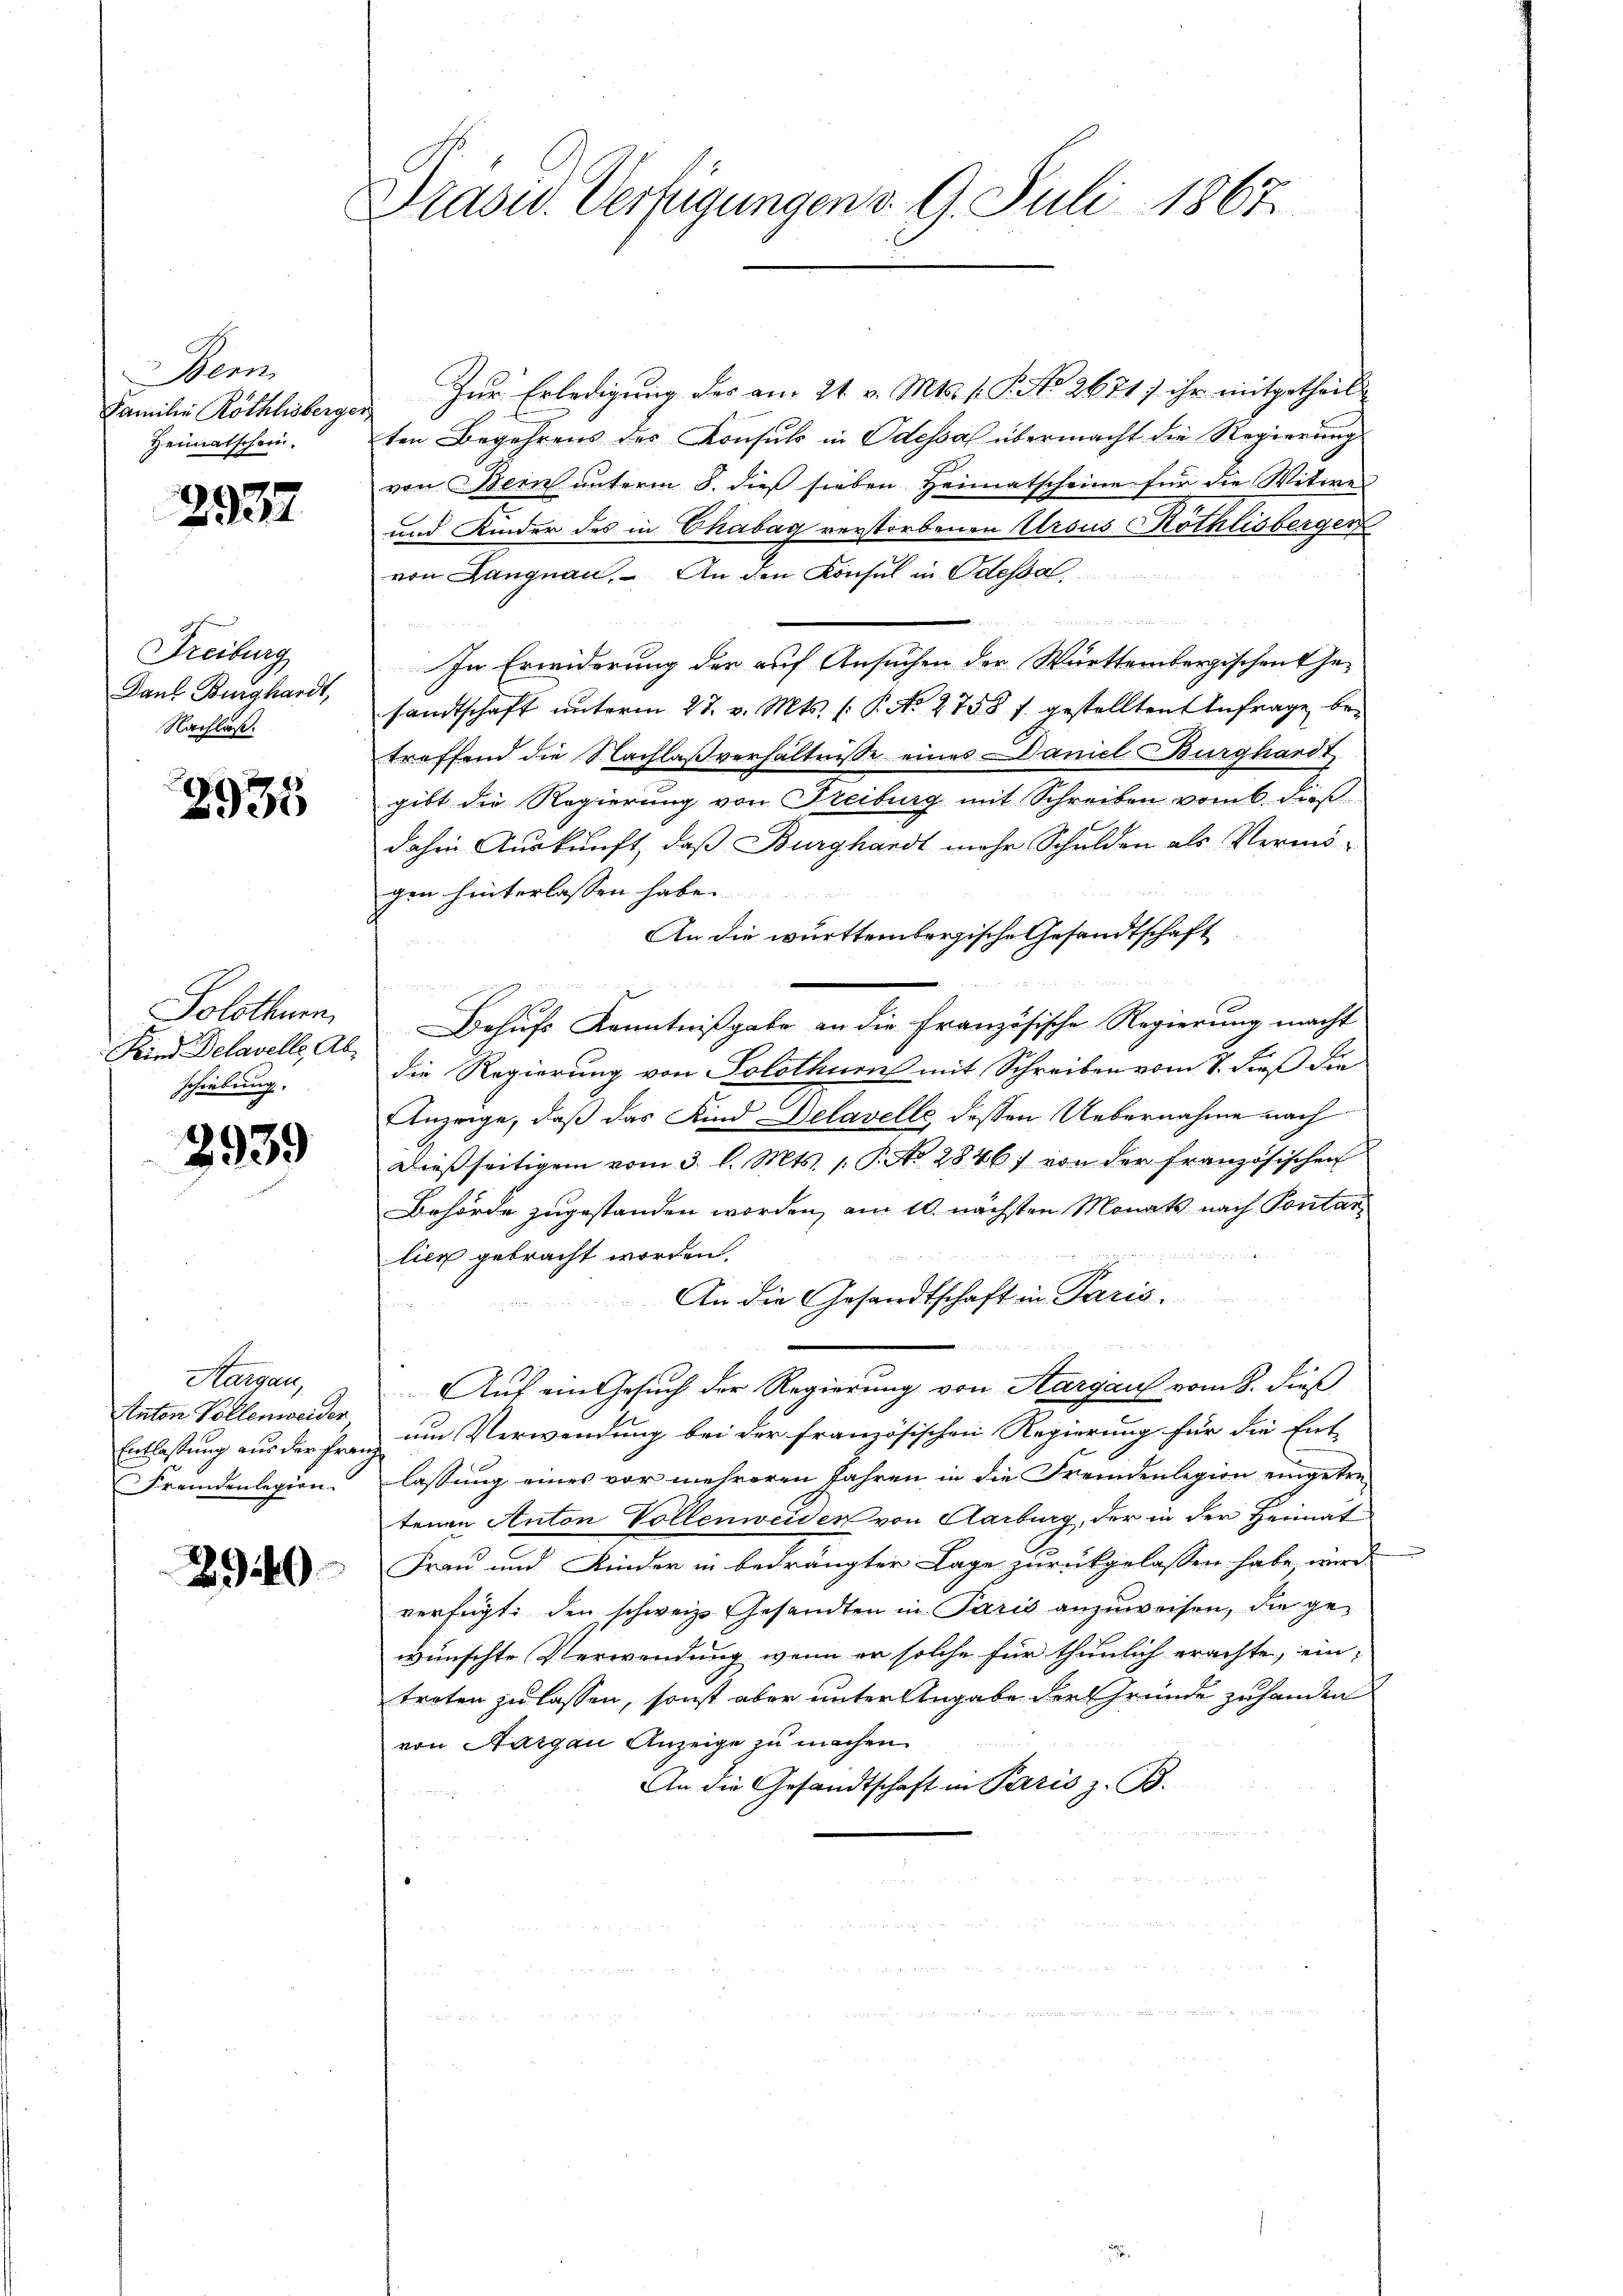
Den
Familie Röthlisberger,
Heimatschein.

2937

Freiburg
Daul Burghardt,
Nachlaß.

g
2935

Solothurn,
Kind Delavelle, Abschiebung. |

2939

Aargau,
Naton Vollenweider
Entlaßung aus der Frau
Fremdenlegion

2940

Drasw. Verfügungen d. 9. Juli 1867

Zur Erledigung des am 21. v. Mts. f. P. No. 2671) ihr mitgetheil
ten Begehrens des Konsuls in Odessal übermacht die Regierung
von Bern unterm 8. dieß sieben Heimatscheine für die Witwe
und Kinder des in Chabag verstorbenen Ursus Röthlisberger
von Langnau. An den Konsul in Odessal
un
In Erwiderung der auf Ansuchen der Württembergischen Gesandtschaft unterm 27. v. Mts. (: P. No. 2755 f. gestellten Anfrage betreffend die Nachlaßverhältnisse eines Daniel Burghardt
gibt die Regierung von Freiburg mit Schreiben vom 6. daß
dahin Auskunft, daß Burghardt mehr Schulden als Vermögen hinterlassen habe.
An die württembergische Gesandtschaft
r
Behufs Kenntnißgabe an die Französische Regierung macht
die Regierung von Solothurns mit Schreiben vom 8. dieß die
Anzeige, daß das Kind Delavelle dessen Uebernahme nach
dießseitigem vom 3. l. Mts. 1. Pato 2846 von der französischen
Behörde zugestanden worden, am 10. nächsten Monats nach Pontar
lien gebracht worden.
An die Gesandtschaft in Paris.
Auf ein Gesuch der Regierung von Aargau vom 8. dieß
um Verwendung bei der französischen Regierung für die Ent-
lassung eines vor mehreren Jahren in die Fremdenlegion eingetretenen Anton Vollenweiden von Aarburg, der in der Heimat
Frau und Kinder in bedrängter Lage zurückgelassen habe wurd
verfügt: den schweiz. Gesandten in Paris anzuweisen, die gewünschte Verwendung, wenn er solche für thunlich erachte, eintreten zu lassen, sonst aber unter Angabe der Gründe zuhanden
von Aargau Anzeige zu machen.
An die Gesandtschaft in Paris z. B.